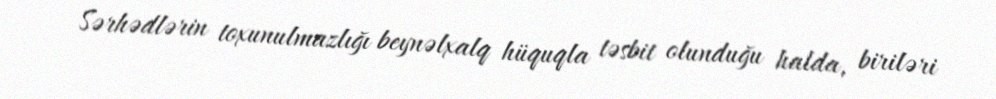
Sərhədlərin toxunulmazlığı beynəlxalq hüquqla təsbit olunduğu halda, biriləri